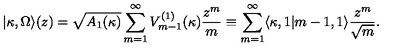
| \kappa , \Omega \rangle ( z ) = \sqrt { A _ { 1 } ( \kappa ) } \sum _ { m = 1 } ^ { \infty } V _ { m - 1 } ^ { ( 1 ) } ( \kappa ) \frac { z ^ { m } } { m } \equiv \sum _ { m = 1 } ^ { \infty } \langle \kappa , 1 | m - 1 , 1 \rangle \frac { z ^ { m } } { \sqrt { m } } .